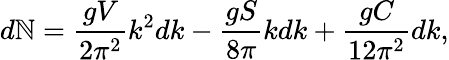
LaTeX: d\mathbb{N}={\frac{{gV}}{{2\pi^{2}}}}k^{2}dk-{\frac{{gS}}{{8\pi}}}kdk+{\frac{{gC}}{{12{\pi^{2}}}}}dk,